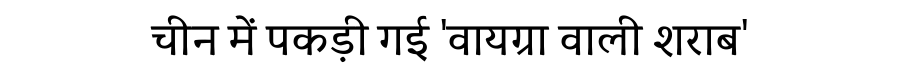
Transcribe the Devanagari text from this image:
चीन में पकड़ी गई 'वायग्रा वाली शराब'